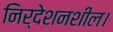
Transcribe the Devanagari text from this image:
निर्देशनशील।